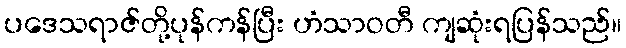
ပဒေသရာဇ်တို့ပုန်ကန်ပြီး ဟံသာဝတီ ကျဆုံးရပြန်သည်။